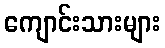
ကျောင်းသားများ